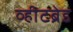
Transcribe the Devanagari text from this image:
व्हीटब्रेड